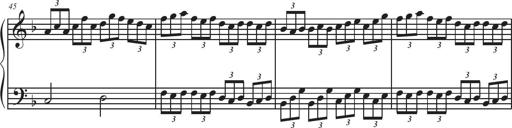
Title: Sonatina Espania
Composer: Jerald Franklin Archer
Key: Various